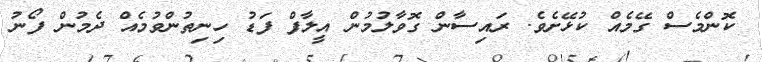
ކޮންމެސް ގޭމެއް ކުޅޭށެވެ. ރައިސާން ގޮވާލުމުން އީލާފް ފަޑު ހިނިތުންވުމެއް ދެމުން ފޯނު